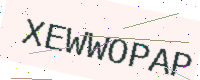
Text: XEWWOPAP